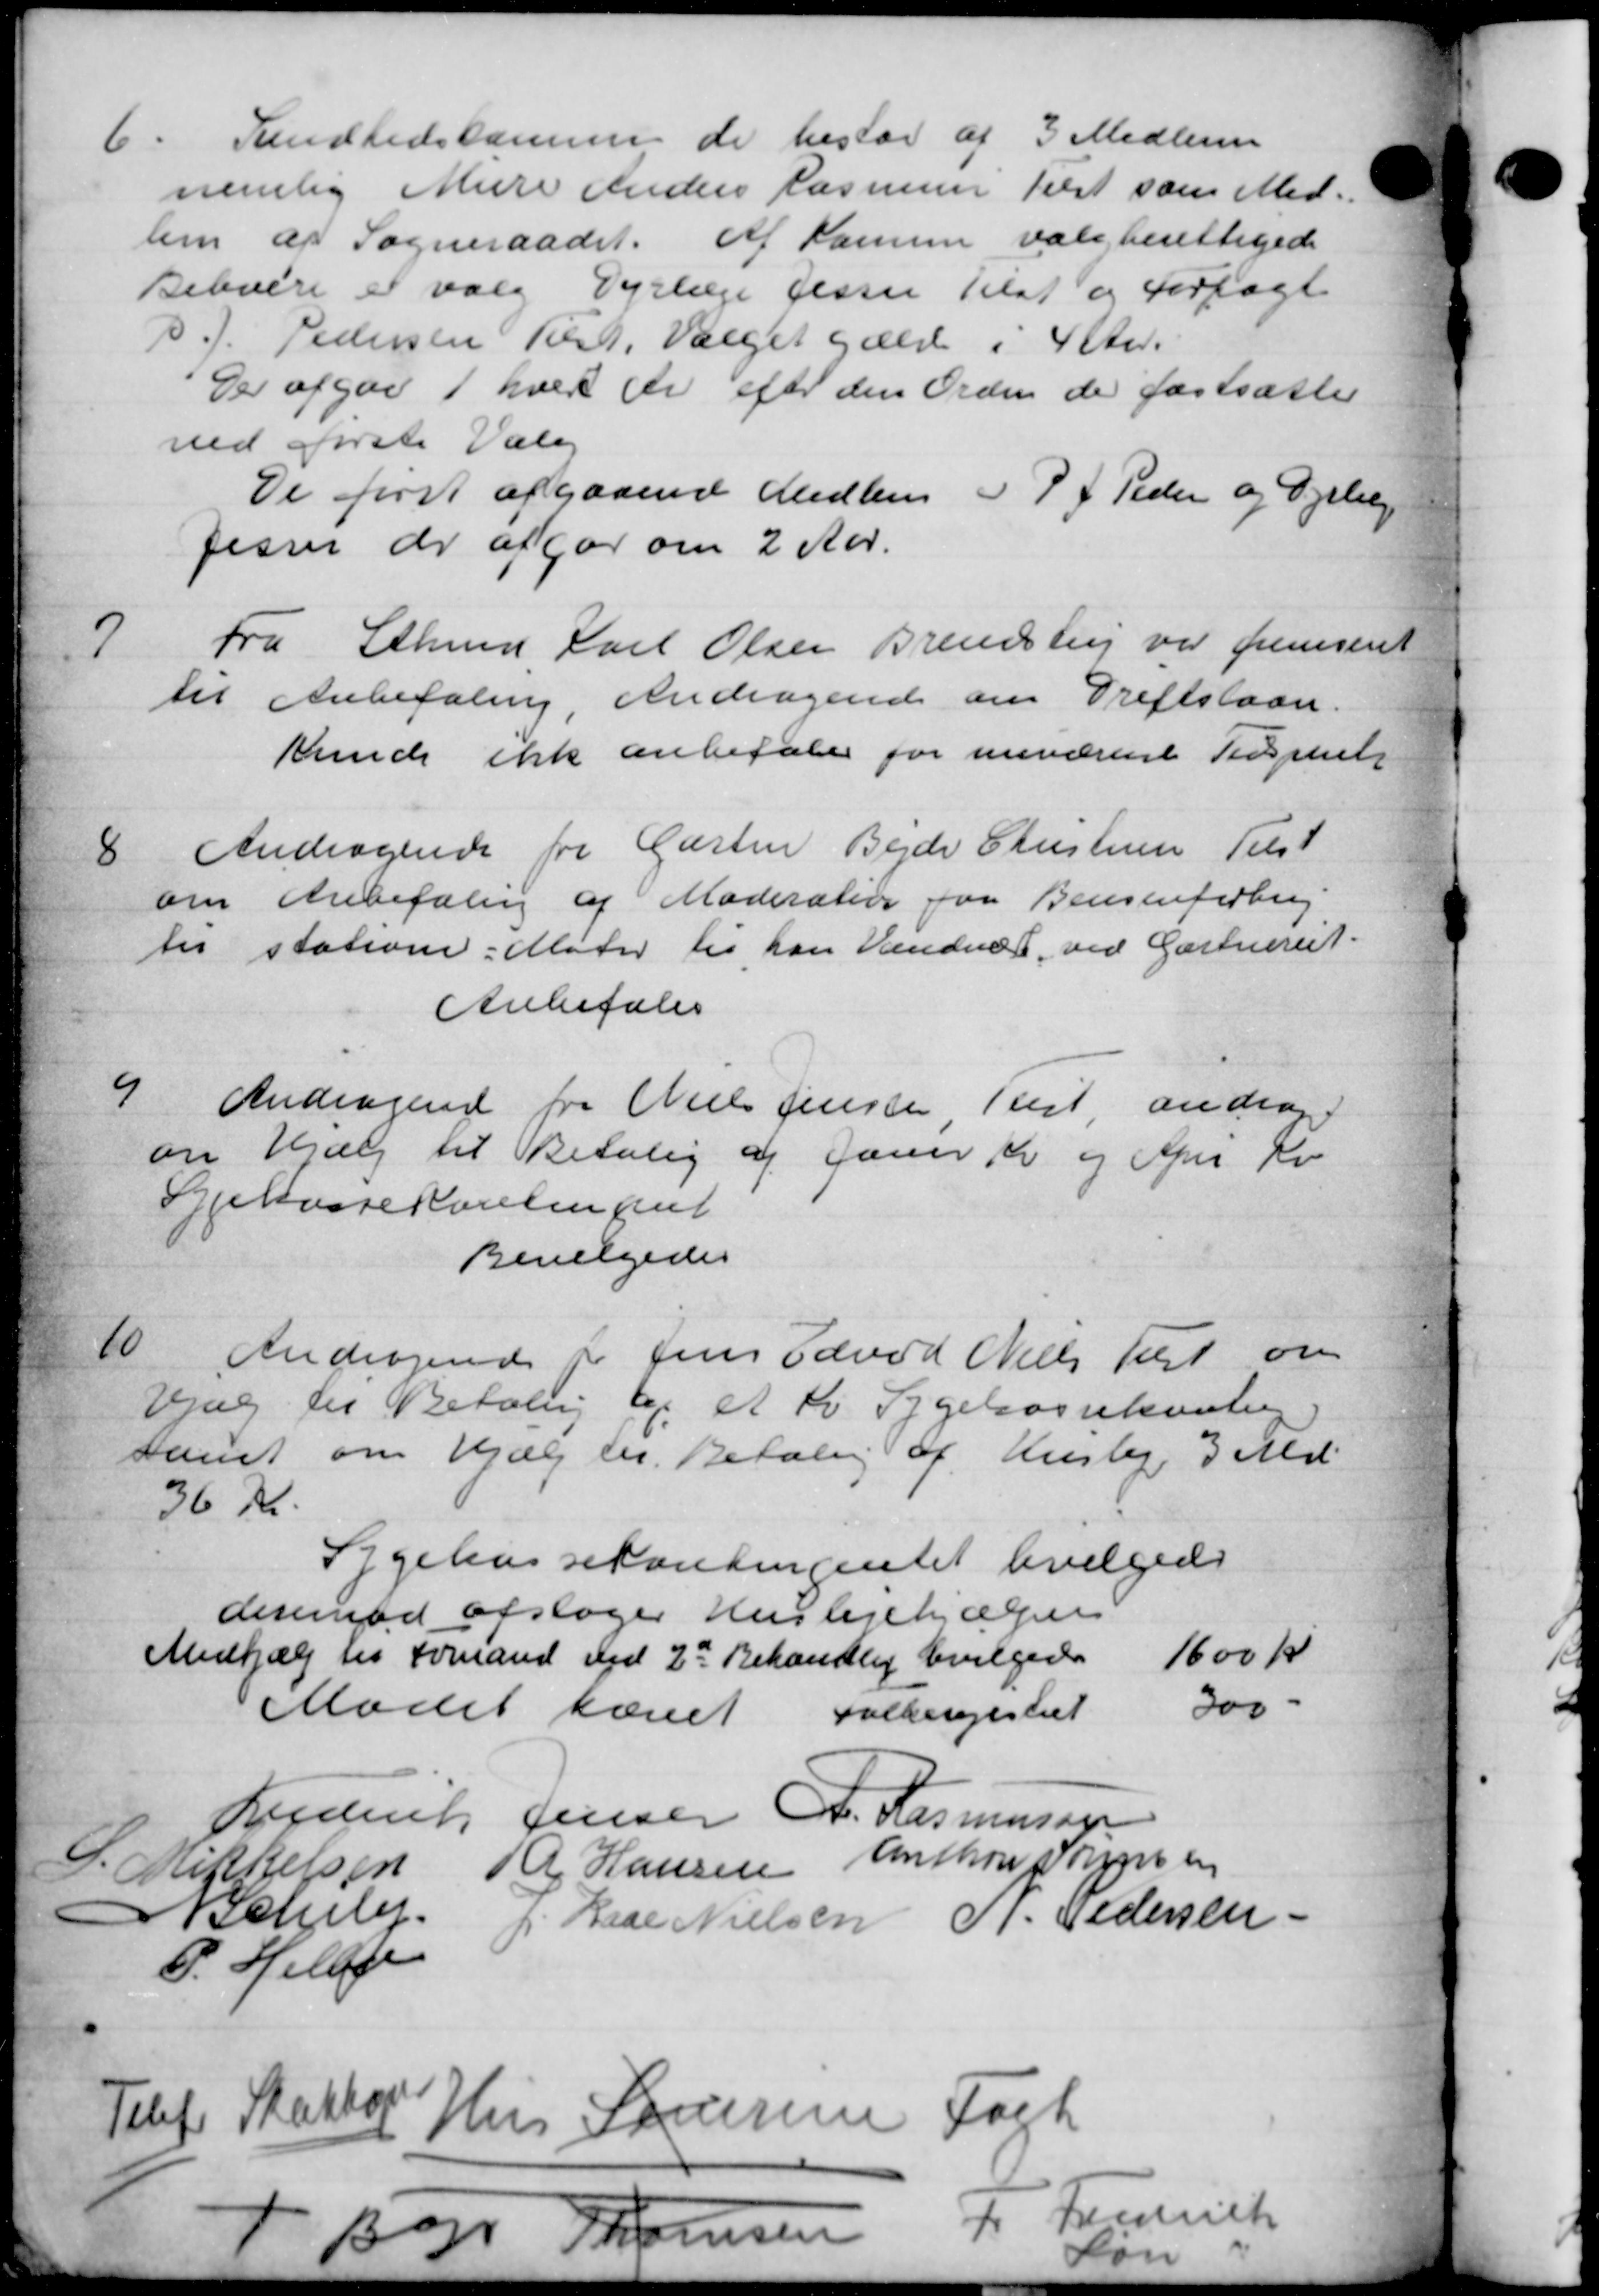
Transskription:
6.
Sundhedssamme de bestaa af 3 Medlemm
nemlig Mure Anders Rasmusse test som Med
lem af Sogneraadet af Kamme valgberettigede
Beboere er valg Dyrlæge Jesser tilst og Forlagt
P. J. Pedersen Tid. Valget gæld i 4 Aar.
Der afgav 1 hver der efter den Ordne der fastsættes
ved første Valg
De først afgaaende Medlem J. P. J. Peder og Dyrlæg
Jesser der afgør om 2 Aar.
7
Fra Sthmd Karl Olsen Brendstrup var fremsent
til Anbefaling, Andragende om Driftslaan.
kunde ikke anbefale for nuværente Tidspiel
8
Andragende fra Gæsten Bede Christensen Tilst
om Anbefaling af Moderation for Bensineforbrug
til stationer. Møder til han Vandere ved Gartneret.
Anbefales
9
Andragende fra Niels Jensen Rist, andrage
om Hjælp til Betaling af Gaver Kr og April Kr
Syekassekorelingel
Bevilgedes
10
Andragende for Jens Edvad Niels Test om
Hjælp til Betaling af et Kr Sygekassekonting
samt om Hjælp til Betaling af Huslej 3 Md.
36 Kr.
Sygekassekontingentet bevilgede
derimod afslager Huslejehjælpen
Medhjælp til Formand ved 2de Behandling bevilgedes 1600 Kr
Mødet hævet Folkeregistret 300 -
Borderik Jensen A. Rasmussen
S. Mittelsen
R Hansen Anthon Jørgensen
Bchele
p. Kase Nielsen P. Pedersen
P. Helbye
Telf. Skatter Hus Laursen Fort
Bor Thomsen
f. Femrick
Løn